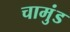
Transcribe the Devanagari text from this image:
चामुंड